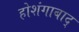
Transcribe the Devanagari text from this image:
होशंगाबाद्